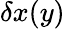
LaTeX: \delta x(y)